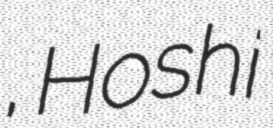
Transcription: キョーワァン, Hoshi